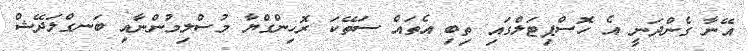
އޭނާ ގެންދަނީ އެ ހޮސްޕިޓަލްގައި ތިބި އެތައް ސަތޭކަ ރޮހިންގްޔާ މުސްލިމުންނާއި ބަނގްލަދޭޝް